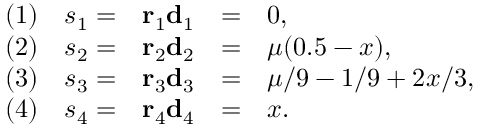
\begin{array} { r r r c l } { ( 1 ) } & { s _ { 1 } = } & { \mathbf { r } _ { 1 } \mathbf { d } _ { 1 } } & { = } & { 0 , } \\ { ( 2 ) } & { s _ { 2 } = } & { \mathbf { r } _ { 2 } \mathbf { d } _ { 2 } } & { = } & { \mu ( 0 . 5 - x ) , } \\ { ( 3 ) } & { s _ { 3 } = } & { \mathbf { r } _ { 3 } \mathbf { d } _ { 3 } } & { = } & { \mu / 9 - 1 / 9 + 2 x / 3 , } \\ { ( 4 ) } & { s _ { 4 } = } & { \mathbf { r } _ { 4 } \mathbf { d } _ { 4 } } & { = } & { x . } \end{array}